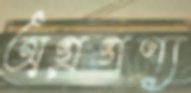
অগ্রগণ্য